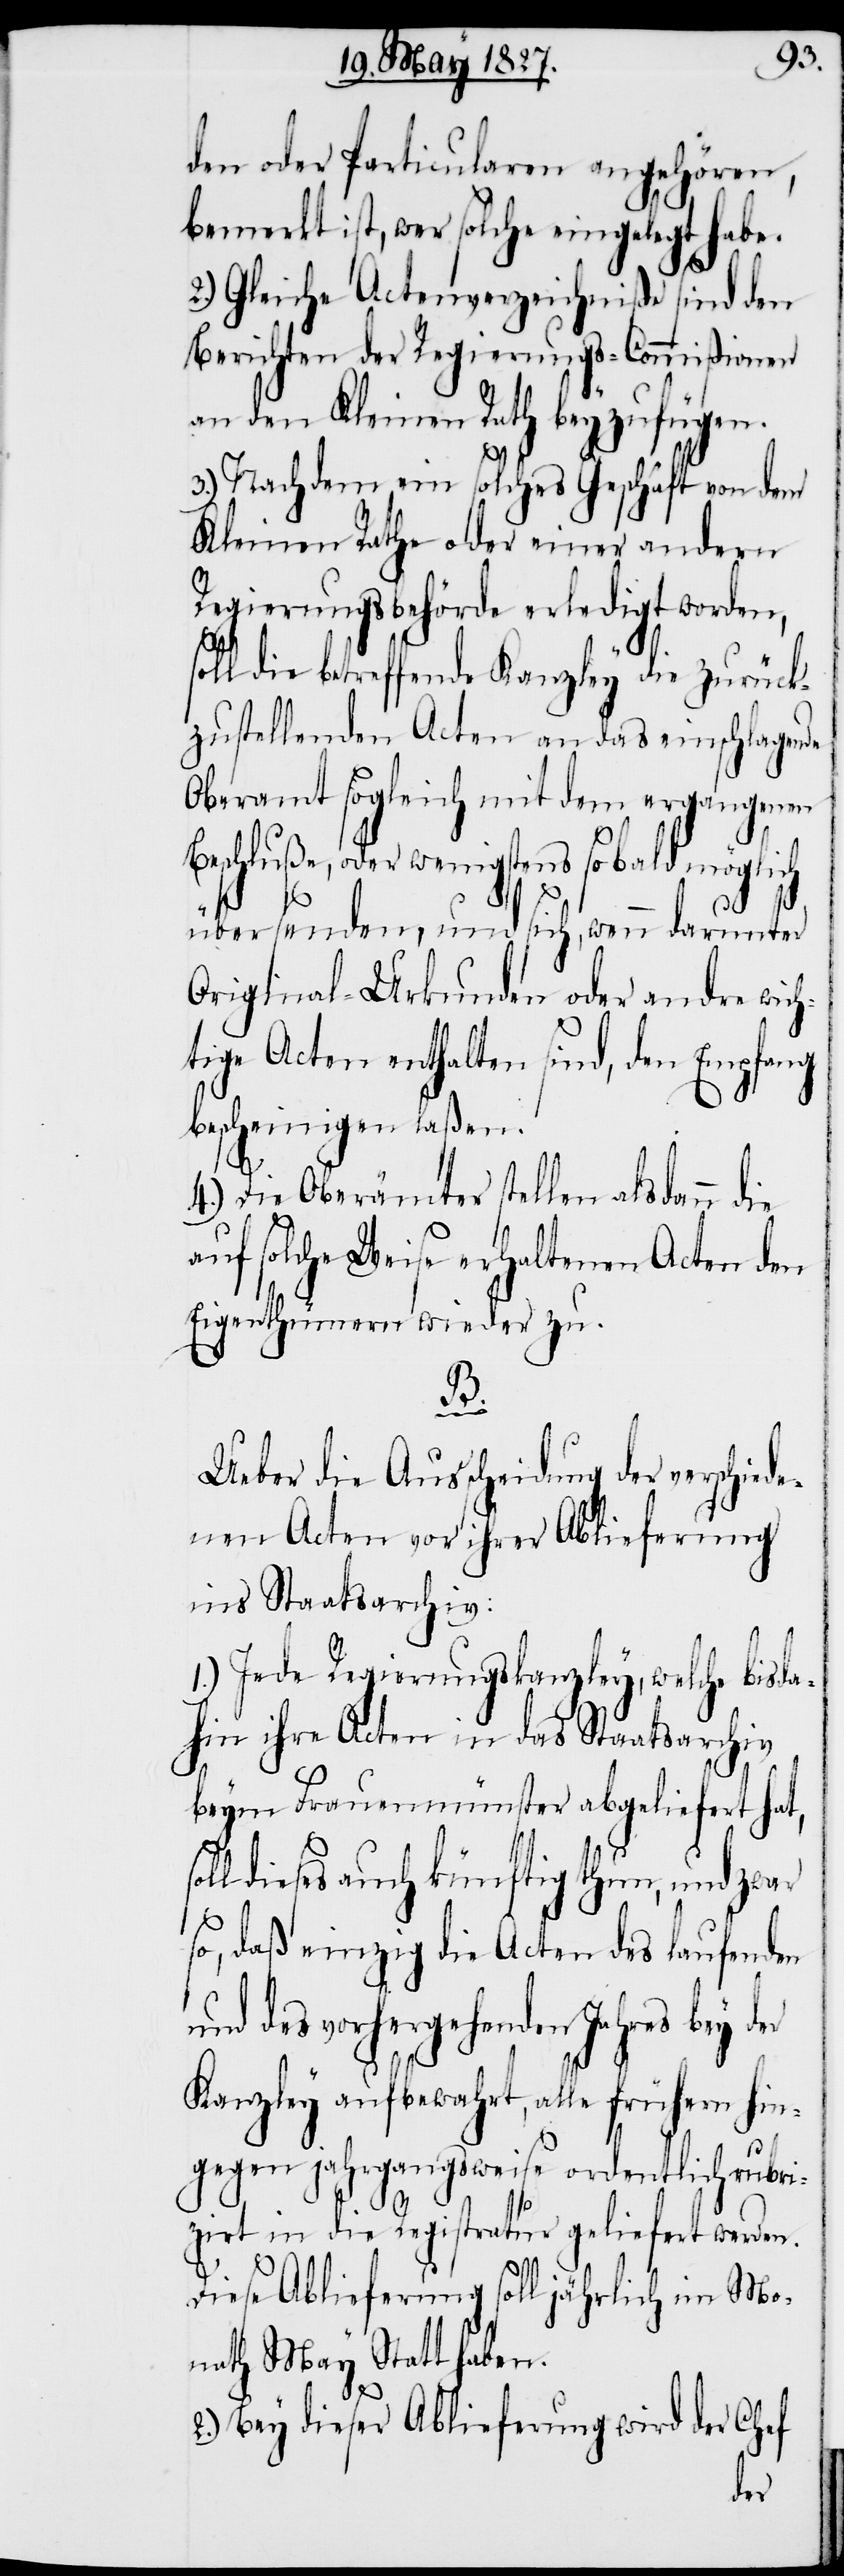
sol¬
den oder Particularen angehören,
bemerkt ist, wer solche eingelegt habe.
2.) Gleiche Actenverzeichniße sind den
Berichten der Regierungs-Commißionen
an den Kleinen Rath beyzufügen.
3.) Nachdem ein solches Geschäft von dem
Kleinen Rathe oder einer andern
Regierungsbehörde erledigt worden,
oll die betreffende Kanzley die zurück¬
zustellenden Acten an das einschlagende
Oberamt sogleich mit dem ergangenen
Beschluße, oder wenigstens so bald möglich
übersenden, und sich, wenn darunter
Original-Urkunden oder andre wich¬
tige Acten enthalten sind, den Empfang
bescheinigen laßen.
4.) Die Oberämter stellen alsdann die
auf solche Weise erhaltenen Acten den
Eigenthümern wieder zu.
B.
Ueber die Ausscheidung der verschied¬
enen Acten vor ihrer Ablieferung
ins Staatsarchiv:
1.) Jede Regierungskanzley, welche bisda¬
hin ihre Acten in das Staatsarchiv
beym Frauenmünster abgeliefert hat,
l dieses auch künftig thun, und zwar
so, daß einzig die Acten des laufenden
des vorhergehenden Jahres bey
Kanzley aufbewahrt, alle frühern hin¬
gegen jahrgangsweise ordentlich rubri¬
zirt in die Registratur geliefert werden.
Diese Ablieferung soll jährlich im Mo¬
nath May Statt haben.
2.) Bey dieser Ablieferung wird der Chef
der